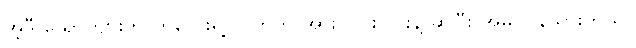
အဲ့ဒီ ယောက်ျားက ကလေးရဲ့ လက်ကို အား ပြင်းပြင်းနဲ့ ဆွဲပြီး အိမ် ပြန်သွားတယ်။